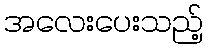
အလေးပေးသည့်